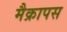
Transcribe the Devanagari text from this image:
मैक्रापस